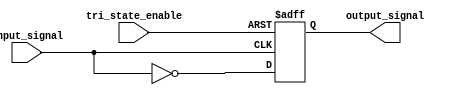
module tri_state_inverter (
  input wire input_signal,
  input wire tri_state_enable,
  output reg output_signal
);

  wire inverted_signal;
  
  assign inverted_signal = ~input_signal;
  
  always @(posedge tri_state_enable or posedge input_signal) begin
    if (tri_state_enable) begin
      output_signal <= 1'bz; // high impedance state
    end else begin
      output_signal <= inverted_signal; // inverted output signal
    end
  end

endmodule